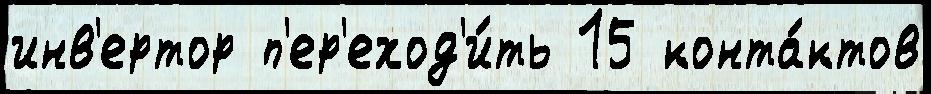
инв'ертор п'ер'еход'и́ть 15 конта́ктов